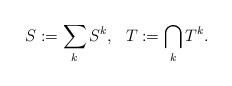
LaTeX: \begin{align*}S:= \sum_k S^k, \ \ T:= \bigcap_k T^k.\end{align*}